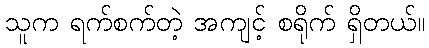
သူက ရက်စက်တဲ့ အကျင့် စရိုက် ရှိတယ်။